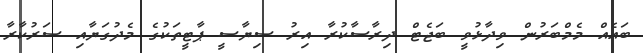
ބައެއް މެމްބަރުން ވިދާޅުވީ ބަޖެޓް ދިރާސާކުރާ އިރު ސިޔާސީ ޕާޓީތަކުގެ މެދުގަޔާއި ސަރުކާރާ